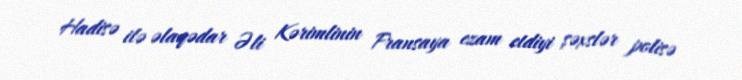
Hadisə ilə əlaqədar Əli Kərimlinin Fransaya ezam etdiyi şəxslər polisə